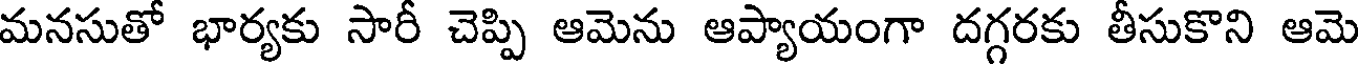
మనసుతో భార్యకు సారీ చెప్పి ఆమెను ఆప్యాయంగా దగ్గరకు తీసుకొని ఆమె